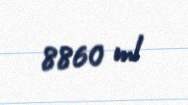
8860 ml